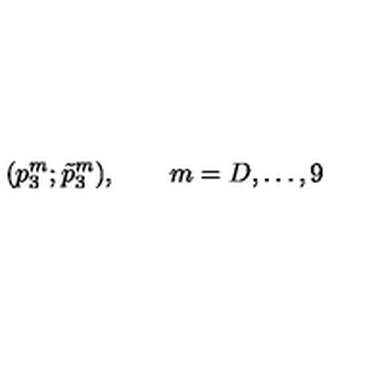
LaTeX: ( p _ { 3 } ^ { m } ; \tilde { p } _ { 3 } ^ { m } ) , \qquad m = D , \ldots , 9